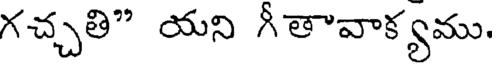
గచ్చతి" యని గీతావాక్యము.